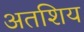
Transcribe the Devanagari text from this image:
अतशिय